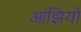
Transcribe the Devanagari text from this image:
आंझियो